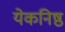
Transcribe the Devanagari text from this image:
येकनिष्ठ